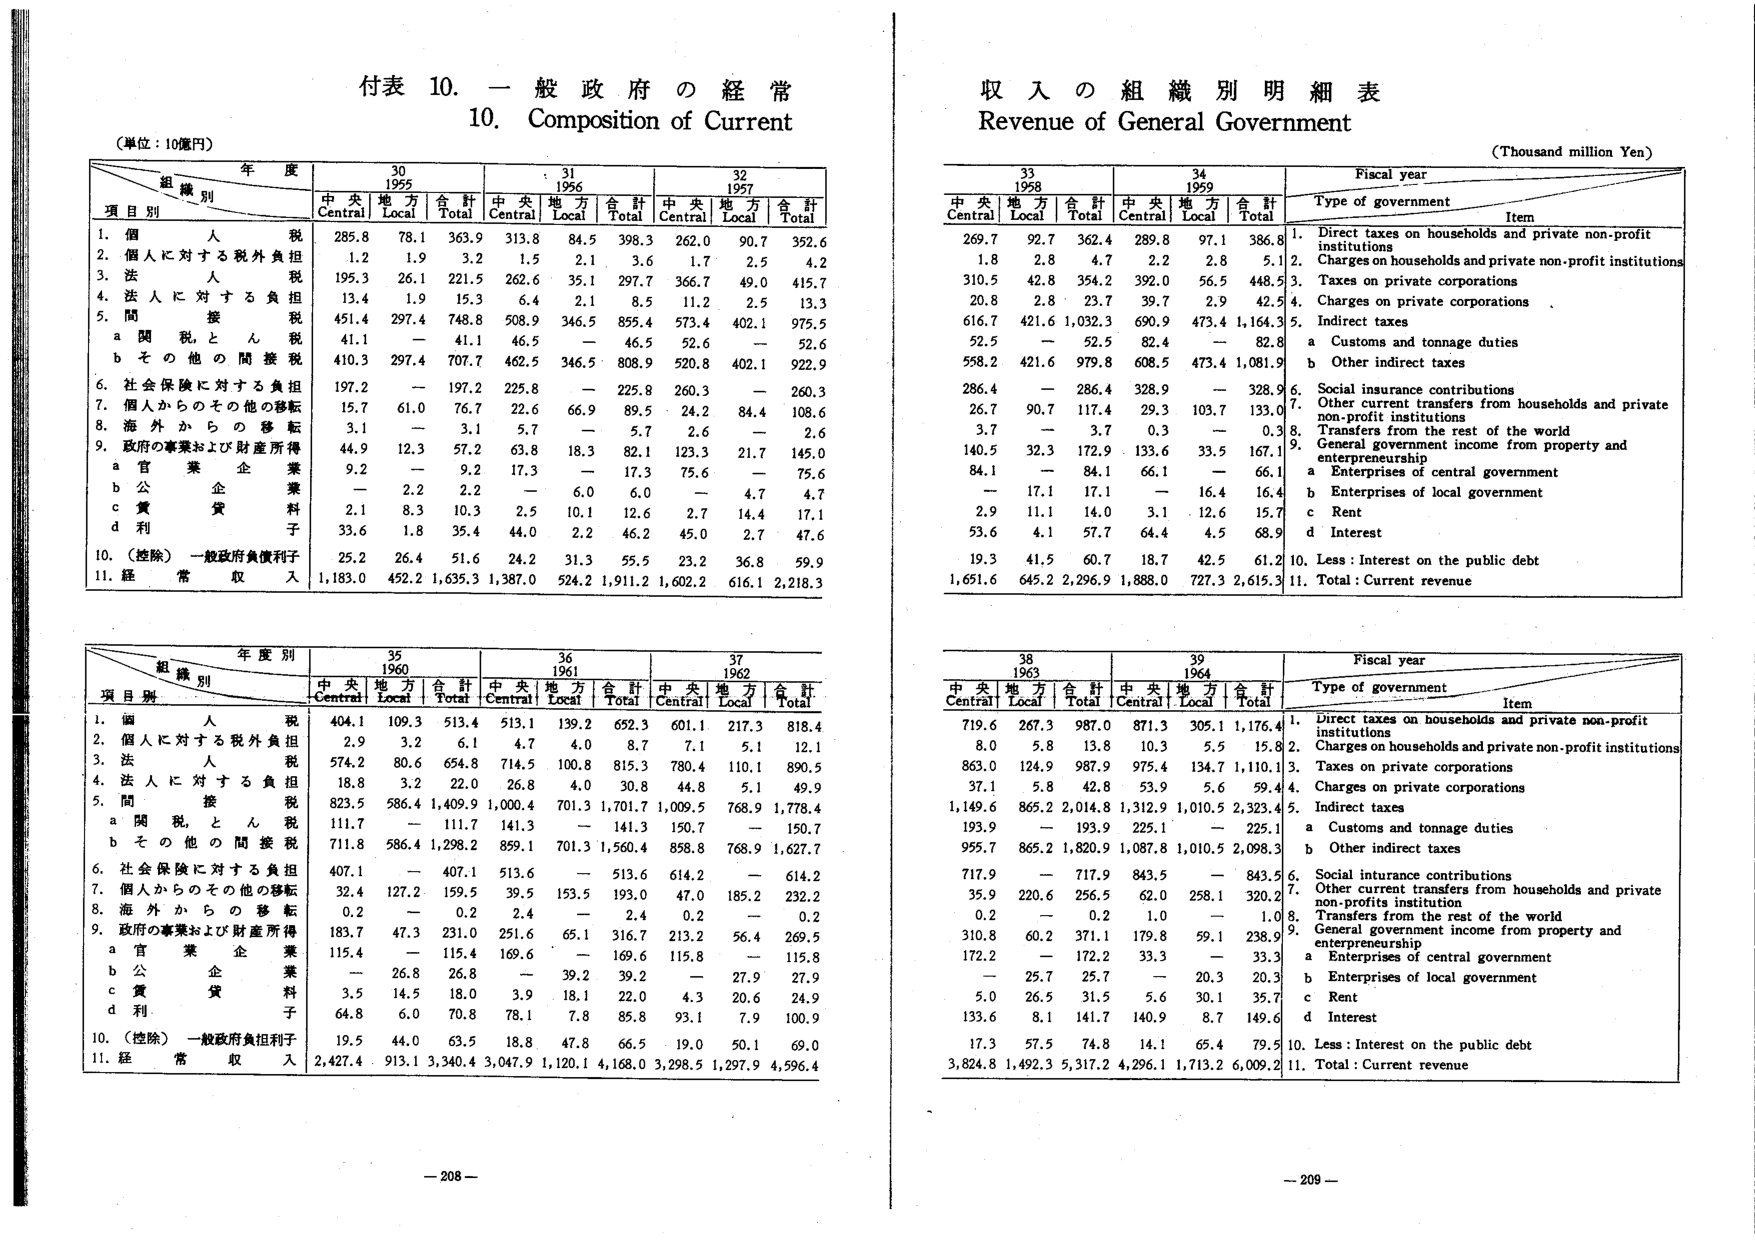
付表 10. 一般政府の経常
10. Composition of Current

（単位：10億円）

年度
組織別
項目別
30
1955
31
1956
32
1957
中央
地方
合計
中央
地方
合計
中央
地方
合計
Central
Local
Total
Central
Local
Total
Central
Local
Total
1. 個人税
285.8
78.1
363.9
313.8
84.5
398.3
262.0
90.7
352.6
2. 個人に対する税外負担
1.2
1.9
3.2
1.5
2.1
3.6
1.7
2.5
4.2
3. 法人税
195.3
26.1
221.5
262.6
35.1
297.7
366.7
49.0
415.7
4. 法人に対する負担
13.4
1.9
15.3
6.4
2.1
8.5
11.2
2.5
13.3
5. 間接税
451.4
297.4
748.8
508.9
346.5
855.4
573.4
402.1
975.5
a 関税とん税
41.1
—
41.1
46.5
—
46.5
52.6
—
52.6
b その他の間接税
410.3
297.4
707.7
462.5
346.5
808.9
520.8
402.1
922.9
6. 社会保険に対する負担
197.2
—
197.2
225.8
—
225.8
260.3
—
260.3
7. 個人からのその他の移転
15.7
61.0
76.7
22.6
66.9
89.5
24.2
84.4
108.6
8. 海外からの移転
3.1
—
3.1
5.7
—
5.7
2.6
—
2.6
9. 政府の事業および財産所得
44.9
12.3
57.2
63.8
18.3
82.1
123.3
21.7
145.0
a 官業企業
9.2
—
9.2
17.3
—
17.3
75.6
—
75.6
b 公企業
—
2.2
2.2
—
6.0
6.0
—
4.7
4.7
c 賃貸料
2.1
8.3
10.3
2.5
10.1
12.6
2.7
14.4
17.1
d 利子
33.6
1.8
35.4
44.0
2.2
46.2
45.0
2.7
47.6
10. （控除）一般政府負債利子
25.2
26.4
51.6
24.2
31.3
55.5
23.2
36.8
59.9
11. 経常収入
1,183.0
452.2
1,635.3
1,387.0
524.2
1,911.2
1,602.2
616.1
2,218.3

年度別
組織別
35
1960
36
1961
37
1962
項目別
中央
地方
合計
中央
地方
合計
中央
地方
合計
Central
Local
Total
Central
Local
Total
Central
Local
Total
1. 個人税
404.1
109.3
513.4
513.1
139.2
652.3
601.1
217.3
818.4
2. 個人に対する税外負担
2.9
3.2
6.1
4.7
4.0
8.7
7.1
5.1
12.1
3. 法人税
574.2
80.6
654.8
714.5
100.8
815.3
780.4
110.1
890.5
4. 法人に対する負担
18.8
3.2
22.0
26.8
4.0
30.8
44.8
5.1
49.9
5. 間接税
823.5
586.4
1,409.9
1,000.4
701.3
1,701.7
1,009.5
768.9
1,778.4
a 関税とん税
111.7
—
111.7
141.3
—
141.3
150.7
—
150.7
b その他の間接税
711.8
586.4
1,298.2
859.1
701.3
1,560.4
858.8
768.9
1,627.7
6. 社会保険に対する負担
407.1
—
407.1
513.6
—
513.6
614.2
—
614.2
7. 個人からのその他の移転
32.4
127.2
159.5
39.5
153.5
193.0
47.0
185.2
232.2
8. 海外からの移転
0.2
—
0.2
2.4
—
2.4
0.2
—
0.2
9. 政府の事業および財産所得
183.7
47.3
231.0
251.6
65.1
316.7
213.2
56.4
269.5
a 官業企業
115.4
—
115.4
169.6
—
169.6
115.8
—
115.8
b 公企業
—
26.8
26.8
—
39.2
39.2
—
27.9
27.9
c 賃貸料
3.5
14.5
18.0
3.9
18.1
22.0
4.3
20.6
24.9
d 利子
64.8
6.0
70.8
78.1
7.8
85.8
93.1
7.9
100.9
10. （控除）一般政府負担利子
19.5
44.0
63.5
18.8
47.8
66.5
19.0
50.1
69.0
11. 経常収入
2,427.4
913.1
3,340.4
3,047.9
1,120.1
4,168.0
3,298.5
1,297.9
4,596.4

収入の組織別明細表
Revenue of General Government
（Thousand million Yen）

Fiscal year
33
1958
34
1959
Type of government
Item
中央
地方
合計
中央
地方
合計
Central
Local
Total
Central
Local
Total
1. Direct taxes on households and private non-profit institutions
269.7
92.7
362.4
289.8
97.1
386.8
2. Charges on households and private non-profit institutions
1.8
2.8
4.7
2.2
2.8
5.1
3. Taxes on private corporations
310.5
42.8
354.2
392.0
56.5
448.5
4. Charges on private corporations
20.8
2.8
23.7
39.7
2.9
42.5
5. Indirect taxes
616.7
421.6
1,032.3
690.9
473.4
1,164.3
a Customs and tonnage duties
52.5
—
52.5
82.4
—
82.8
b Other indirect taxes
558.2
421.6
979.8
608.5
473.4
1,081.9
6. Social insurance contributions
286.4
—
286.4
328.9
—
328.9
7. Other current transfers from households and private non-profit institutions
26.7
90.7
117.4
29.3
103.7
133.0
8. Transfers from the rest of the world
3.7
—
3.7
0.3
—
0.3
9. General government income from property and entrepreneurship
140.5
32.3
172.9
133.6
33.5
167.1
a Enterprises of central government
84.1
—
84.1
66.1
—
66.1
b Enterprises of local government
—
17.1
17.1
—
16.4
16.4
c Rent
2.9
11.1
14.0
3.1
12.6
15.7
d Interest
53.6
4.1
57.7
64.4
4.5
68.9
10. Less: Interest on the public debt
19.3
41.5
60.7
18.7
42.5
61.2
11. Total: Current revenue
1,651.6
645.2
2,296.9
1,888.0
727.3
2,615.3

Fiscal year
38
1963
39
1964
Type of government
Item
中央
地方
合計
中央
地方
合計
Central
Local
Total
Central
Local
Total
1. Direct taxes on households and private non-profit institutions
719.6
267.3
987.0
871.3
305.1
1,176.4
2. Charges on households and private non-profit institutions
8.0
5.8
13.8
10.3
5.5
15.8
3. Taxes on private corporations
863.0
124.9
987.9
975.4
134.7
1,110.1
4. Charges on private corporations
37.1
5.8
42.8
53.9
5.6
59.4
5. Indirect taxes
1,149.6
865.2
2,014.8
1,312.9
1,010.5
2,323.4
a Customs and tonnage duties
193.9
—
193.9
225.1
—
225.1
b Other indirect taxes
955.7
865.2
1,820.9
1,087.8
1,010.5
2,098.3
6. Social insurance contributions
717.9
—
717.9
843.5
—
843.5
7. Other current transfers from households and private non-profits institution
35.9
220.6
256.5
62.0
258.1
320.2
8. Transfers from the rest of the world
0.2
—
0.2
1.0
—
1.0
9. General government income from property and entrepreneurship
310.8
60.2
371.1
179.8
59.1
238.9
a Enterprises of central government
172.2
—
172.2
33.3
—
33.3
b Enterprises of local government
—
25.7
25.7
—
20.3
20.3
c Rent
5.0
26.5
31.5
5.6
30.1
35.7
d Interest
133.6
8.1
141.7
140.9
8.7
149.6
10. Less: Interest on the public debt
17.3
57.5
74.8
14.1
65.4
79.5
11. Total: Current revenue
3,824.8
1,492.3
5,317.2
4,296.1
1,713.2
6,009.2

— 208 —
— 209 —